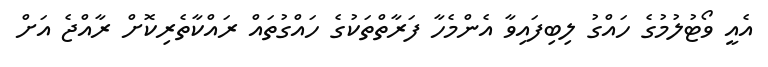
އެއީ ވޯޓުލުމުގެ ހައްގު ލިބިފައިވާ އެންމެހާ ފަރާތްތަކުގެ ހައްގުތައް ރައްކާތެރިކޮށް ރާއްޖެ އަށް